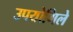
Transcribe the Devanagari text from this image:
उपयोगिले